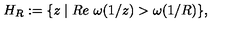
H _ { R } : = \{ z \mid R e \ \omega ( 1 / z ) > \omega ( 1 / R ) \} ,